Report of the Hyderabad Chloroform Commission
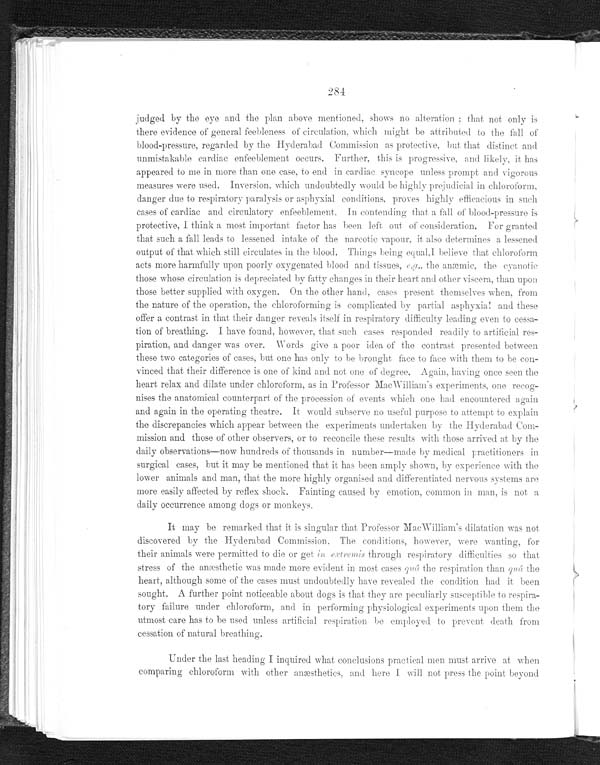
284
judged by the eye and the plan above mentioned, shows no alteration; that not only is
there evidence of general feebleness of circulation, which might be attributed to the fall of
blood-pressure, regarded by the Hyderabad Commission as protective, but that distinct and
unmistakable cardiac enfeeblement occurs. Further, this is progressive, and likely, it has
appeared to me in more than one case, to end in cardiac syncope unless prompt and vigorous
measures were used. Inversion, which undoubtedly would be highly prejudicial in chloroform,
danger due to respiratory paralysis or asphyxial conditions, proves highly efficacious in such
cases of cardiac and circulatory enfeeblement. In contending that a fall of blood-pressure is
protective, I think a most important factor has been left out of consideration. For granted
that such a fall leads to lessened intake of the narcotic vapour, it also determines a lessened
output of that which still circulates in the blood. Things being equal, I believe that chloroform
acts more harmfully upon poorly oxygenated blood and tissues, e.g., the anæmic, the cyanotic
those whose circulation is depreciated by fatty changes in their heart and other viscera, than upon
those better supplied with oxygen. On the other hand, cases present themselves when, from
the nature of the operation, the chloroforming is complicated by partial asphyxia! and these
offer a contrast in that their danger reveals itself in respiratory difficulty leading even to cessa-
-tion of breathing. I have found, however, that such cases responded readily to artificial res--
piration, and danger was over. Words give a poor idea of the contrast presented between
these two categories of cases, but one has only to be brought face to face with them to be con-
vinced that their difference is one of kind and not one of degree. Again, having once seen the
heart relax and dilate under chloroform, as in Professor Mac William's experiments, one recog-
nises the anatomical counterpart of the procession of events which one had encountered again
and again in the operating theatre. It would subserve no useful purpose to attempt to explain
the discrepancies which appear between the experiments undertaken by the Hyderabad Com-
mission and those of other observers, or to reconcile these results with those arrived at by the
daily observations—now hundreds of thousands in number—made by medical practitioners in
surgical cases, but it may be mentioned that it has been amply shown, by experience with the
lower animals and man, that the more highly organised and differentiated nervous systems are
more easily affected by reflex shock. Fainting caused by emotion, common in man, is not a
daily occurrence amnia dogs or monkeys.
It may be remarked that it is singular that Professor Mac William's dilatation was not
discovered by the Hyderabad Commission. The conditions, however, were wanting, for
their animals were permitted to die or get in extremis through respiratory difficulties so that
stress of the anæsthetic was made more evident in most cases quâ the respiration than quâ the
heart, although some of the cases must undoubtedly have revealed the condition had it been
sought. A further point noticeable about dogs is that they are peculiarly susceptible to respira-
tory failure under chloroform, and in performing physiological experiments upon them the
utmost care has to be used unless artificial respiration be employ e d to prevent death from
cessation of natural breathing.
Under the last heading I inquired what conclusions practical men must arrive at when
comparing chloroform with other anæsthetics, and here I will not press the point beyond